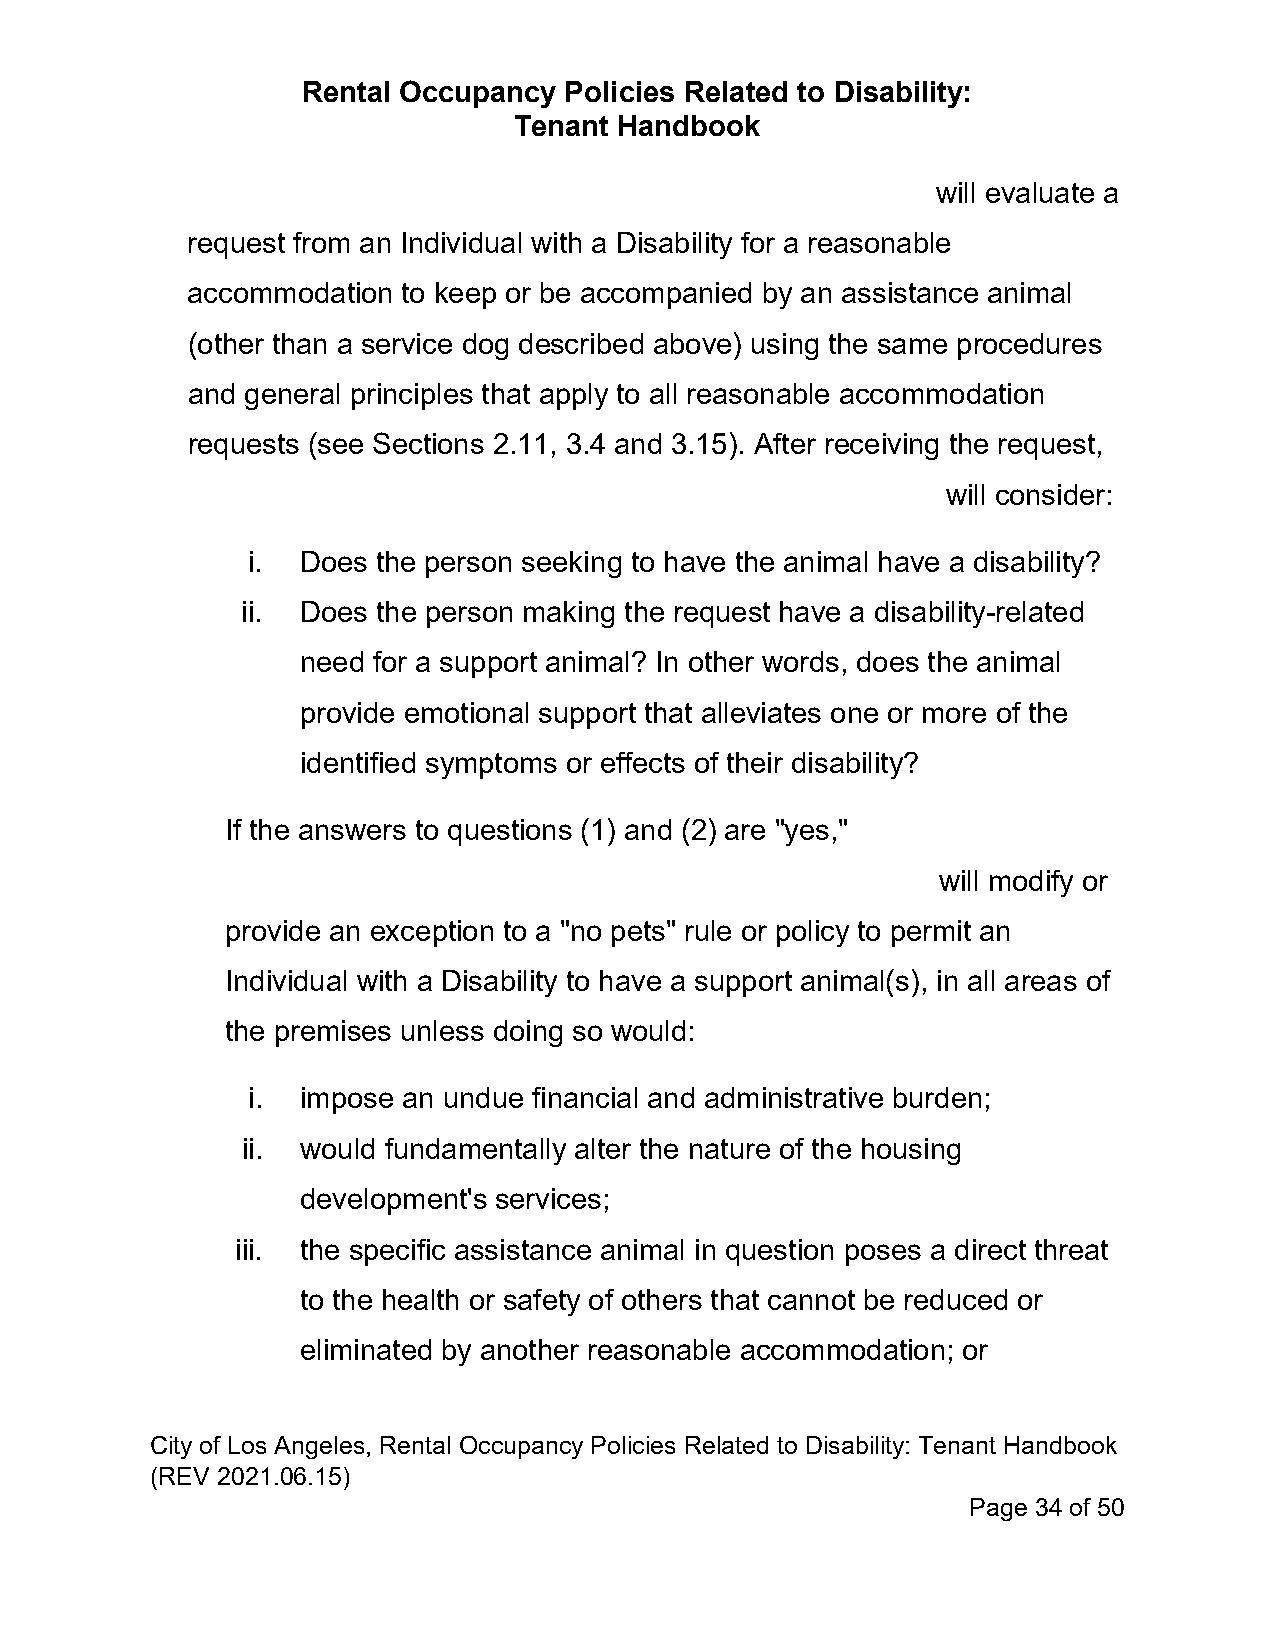
Rental Occupancy Policies Related to Disability:
 Tenant Handbook
 will evaluate a
 request from an Individual with a Disability for a reasonable
 accommodation  to keep or be accompanied by an assistance animal
 (other than a service dog described above) using the same procedures
 and general principles that apply to all reasonable accommodation
 requests (see Sections 2.11, 3.4 and 3.15). After receiving the request,
 will consider:
 i.  Does the person seeking to have the animal have a disability?
 ii. Does the person making the request have a disability-related
 need for a support animal? In other words, does the animal
 provide emotional support that alleviates one or more of the
 identified symptoms or effects of their disability?
 If the answers to questions (1) and (2) are "yes,"
 will modify or
 provide an exception to a "no pets" rule or policy to permit an
 Individual with a Disability to have a support animal(s), in all areas of
 the premises unless doing so would:
 i.  impose an undue financial and administrative burden;
 ii. would fundamentally alter the nature of the housing
 development's services;
 iii. the specific assistance animal in question poses a direct threat
 to the health or safety of others that cannot be reduced or
 eliminated by another reasonable accommodation; or
 City of Los Angeles, Rental Occupancy Policies Related to Disability: Tenant Handbook
 (REV 2021.06.15)
 Page 34 of 50